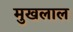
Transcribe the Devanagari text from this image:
मुखलाल